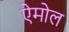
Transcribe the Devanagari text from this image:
ऐमोल